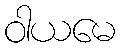
ဝါယမေ